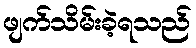
ဖျက်သိမ်းခဲ့ရသည်